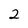
Character: 2